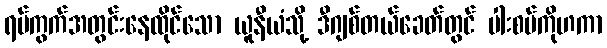
ရပ်ကွက်အတွင်းနေထိုင်သော ယူနီယံသို့ ဒီဂျစ်တယ်ခေတ်တွင် ပါးစပ်ကိုဟကာ